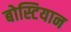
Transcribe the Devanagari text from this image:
बोस्टियान